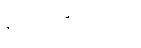
မူတည်လျက်